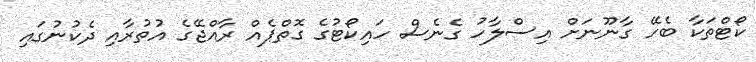
ކޯޓްތަކާ ބެހޭ ގާނޫނަށް އިސްލާހު ގެނެސް ހައިކޯޓުގެ ގޮތްޕެއް ރާއްޖޭގެ އުތުރާއި ދެކުނުގައި